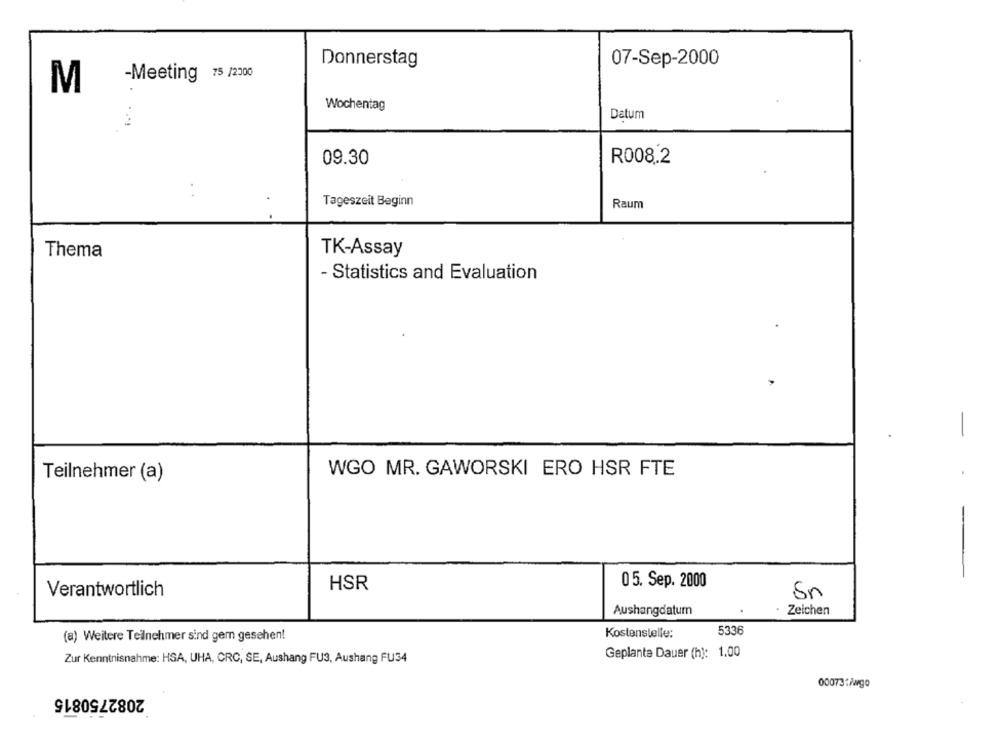
Donnerstag
07-Sep-2000
-Meeting 75 /2000
M
Wochentag
Datum
09.30
R008.2
Tageszeit Beginn
Raum
TK-Assay
Thema
- Statistics and Evaluation
WGO MR. GAWORSKI ERO HSR FTE
Teilnehmer (a)
HSR
05. Sep. 2000
Verantwortlich
Sr
Aushangdatum
. Zeichen
5336
(a) Weitere Teilnehmer sind gem gesehen!
Kostenstelle:
Geplante Dauer (h): 1.00
Zur Kenntnisnahme: HSA, UHA, CRC, SE, Aushang FU3, Aushang FU34
2082750815